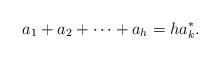
LaTeX: \begin{align*} a_1 +a_2 + \cdots + a_h = ha_k^*. \end{align*}